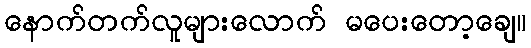
နောက်တက်လူများလောက် မပေးတော့ချေ။